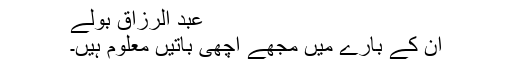
عبد الرزاق بولے
ان کے بارے میں مجھے اچھی باتیں معلوم ہیں۔